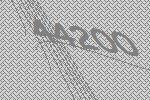
44200